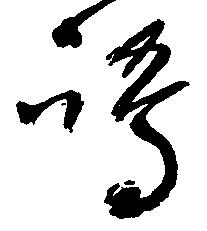
嶋